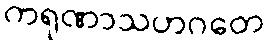
ကရုဏာသဟဂတေ